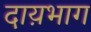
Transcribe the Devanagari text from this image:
दाय़भाग